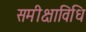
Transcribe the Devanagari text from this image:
समीक्षाविधि